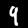
Digit: 9